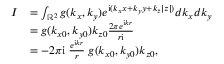
\begin{array} { r l } { I } & { = \int _ { \mathbb { R } ^ { 2 } } g ( k _ { x } , k _ { y } ) e ^ { \mathrm { i } ( k _ { x } x + k _ { y } y + k _ { z } | z | ) } d k _ { x } d k _ { y } } \\ & { = g ( k _ { x 0 } , k _ { y 0 } ) k _ { z 0 } \frac { 2 \pi e ^ { \mathrm { i } k r } } { r \mathrm { i } } } \\ & { = - 2 \pi \mathrm { i } \; \frac { e ^ { \mathrm { i } k r } } { r } \; g ( k _ { x 0 } , k _ { y 0 } ) k _ { z 0 } , } \end{array}